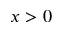
x > 0